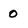
Character: 0